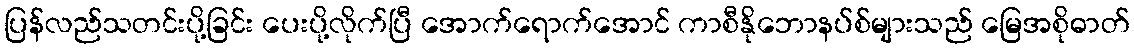
ပြန်လည်သတင်းပို့ခြင်း ပေးပို့လိုက်ပြီ အောက်ရောက်အောင် ကာစီနိုဘောနပ်စ်များသည် မြေအစိုဓာတ်